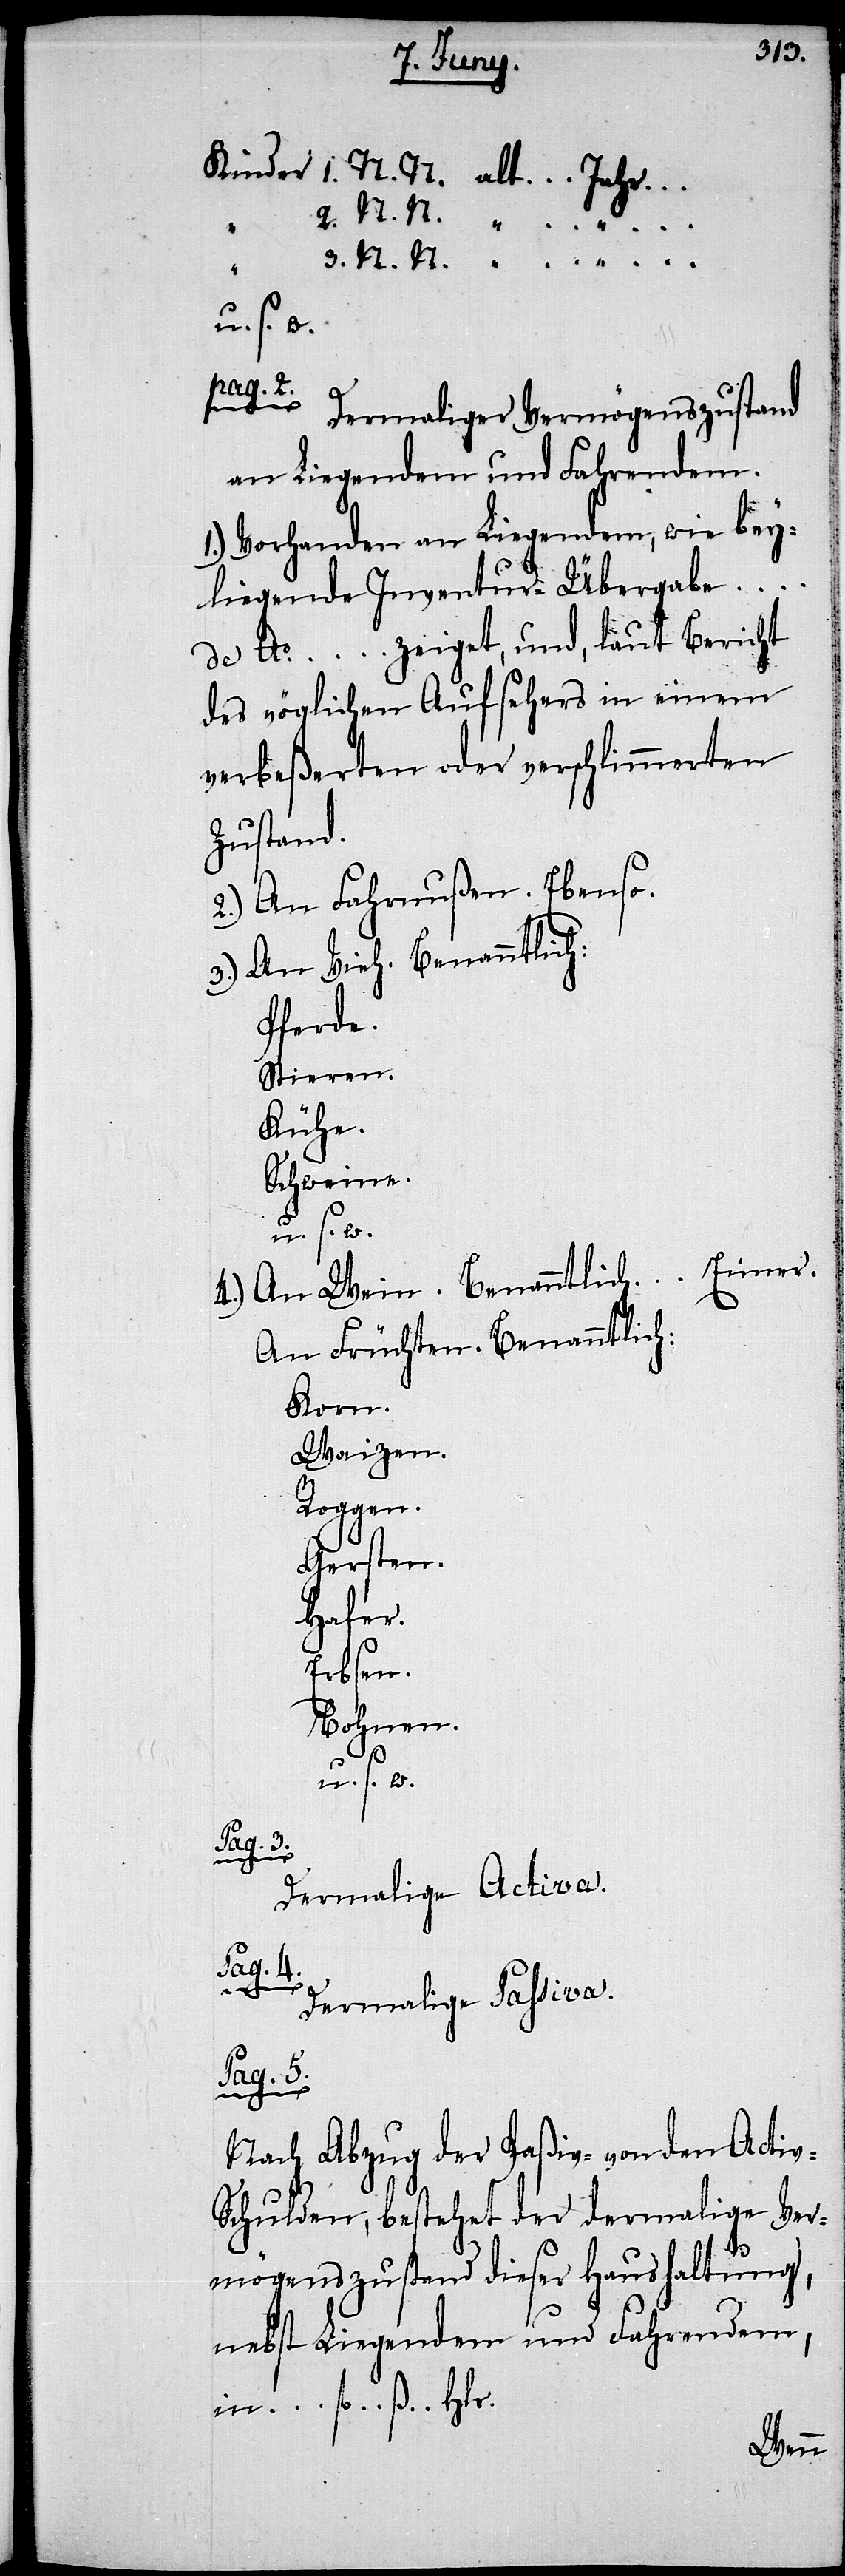
Kinder 1. N. N. alt … Jahr …
…
u. s. w.
v-S¬
“
“
Dermaliger Vermögenszustand
an Liegendem und Fahrendem.
1.) Vorhanden an Liegendem, wie bey¬
liegende Inventur-Übergabe …
de Ao. … zeiget, und, laut Bericht
verbeßerten oder verschlimmerten
Zustand.
2.) An Fahrnußen. Ebenso.
3.) An Vieh. Benanntlich:
Pferde.
Stieren.
Kühe.
Schweine.
Eimer.
4.) An Wein. Benanntlich …
An Früchten. Benanntlich:
Korn.
Waizen.
Roggen.
Gersten.
Hafer.
Erbsen.
Bohnen.
u. s. w.
Pag. 3.
Dermalige Activa.
einem
Dermalige Passiva.
Nach Abzug der Passiv- von den Acti¬
chulden, bestehet der dermalige Ver¬
mögenszustand dieser Haushaltung,
nebst Liegendem und Fahrendem,
in … fl. … ß. … Hlr.